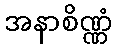
အနာစိဏ္ဏံ